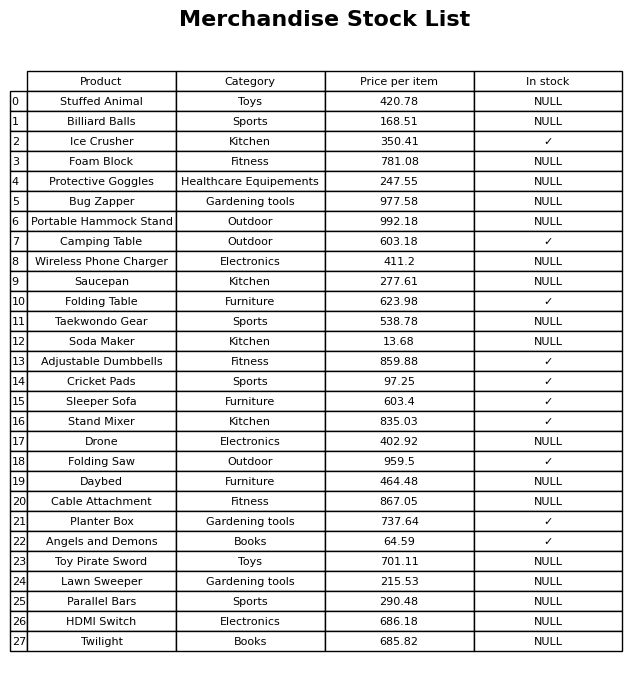
question: What is the stock status of the Bug Zapper?
answer: NULL